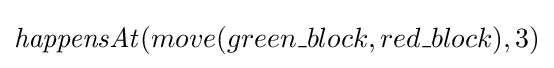
{\mathit {happensAt}}(move(green\_block,red\_block),3)